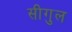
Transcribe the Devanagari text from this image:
सीगुल